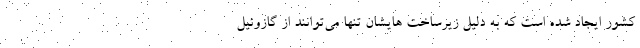
کشور ایجاد شده است که به دلیل زیرساخت هایشان تنها می‌توانند از گازوئیل